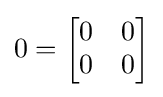
0={\begin{bmatrix}0&0\\0&0\end{bmatrix}}